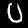
Digit: 0